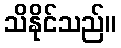
သိနိုင်သည်။